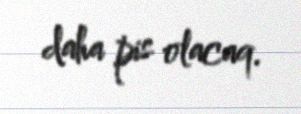
daha pis olacaq.